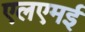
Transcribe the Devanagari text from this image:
एलएमई